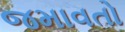
જમાવતો